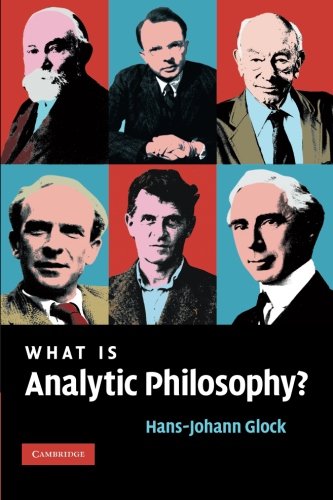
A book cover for What is Analytic Philosophy?; Hans-Johann Glock; Politics & Social Sciences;